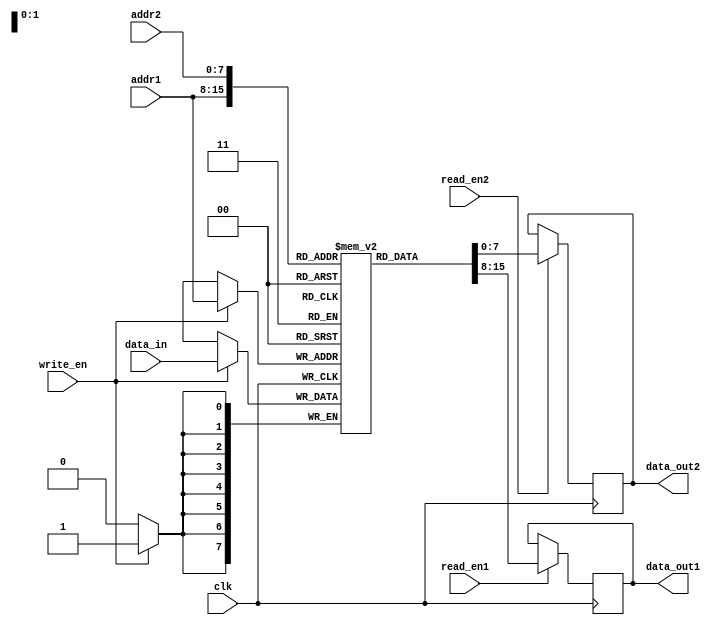
module dual_port_RAM (
    input wire clk,
    input wire [7:0] addr1,
    input wire [7:0] addr2,
    input wire [7:0] data_in,
    input wire write_en,
    input wire read_en1,
    input wire read_en2,
    output reg [7:0] data_out1,
    output reg [7:0] data_out2
);

reg [7:0] mem [0:255]; // 256 words of memory

always @(posedge clk) begin
    if (write_en) begin
        mem[addr1] <= data_in;
    end
    if (read_en1) begin
        data_out1 <= mem[addr1];
    end
    if (read_en2) begin
        data_out2 <= mem[addr2];
    end
end

endmodule